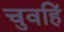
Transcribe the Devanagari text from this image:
चुवहिं